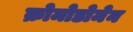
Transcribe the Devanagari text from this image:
क्रोमोडोमेन